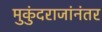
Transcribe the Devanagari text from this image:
मुकुंदराजांनंतर